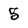
Character: 5